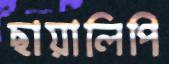
ছায়ালিপি